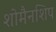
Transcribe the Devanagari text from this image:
शोमैनशिप